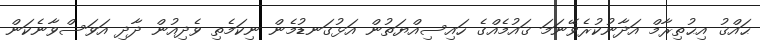
ޙައްޤު އިޙުތިރާމް އަދާނުކުރެވޭނަމަ ޤައުމެއްގެ ހައިސިއްޔަތުން އަޅުގަނޑުމެން ނިކަމެތި ވެދިއުން ދާދި އަވަސްވާނެކަން